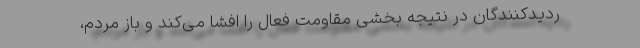
ردیدکنندگان در نتیجه‌ بخشی مقاومت فعال را افشا می‌کند و باز مردم،